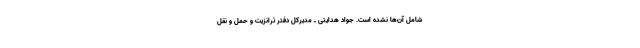
شامل آن‌ها نشده است. جواد هدایتی ـ مدیرکل دفتر ترانزیت و حمل و نقل